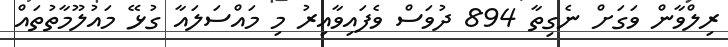
ރިލްވާން ވަގަށް ނެގިތާ 894 ދުވަސް ވެފައިވާއިރު މި މައްސަލައާ ގުޅޭ މައުލޫމާތުތައް